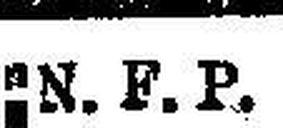
N. F. P.